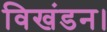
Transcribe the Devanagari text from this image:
विखंडन।